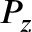
P _ { z }